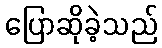
ပြောဆိုခဲ့သည်